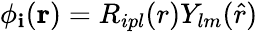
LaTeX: \phi_{\mathbf{i}}(\mathbf{r})=R_{ipl}(r)Y_{lm}(\hat{r})